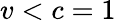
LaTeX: v<c=1